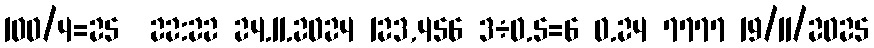
100/4=25  22:22 24.11.2024 123,456 3÷0.5=6 0.24 7777 19/11/2025